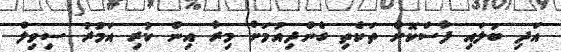
އަދި ބަލައި ފާސްކޮށް ތަކެތި ގެންދިއުމަށް މިރާ އިން ކުރި އަމުރު ސިވިލް